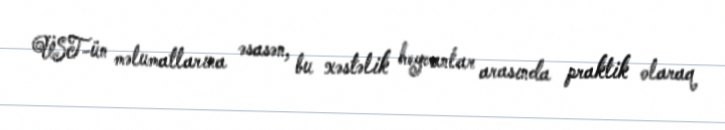
ÜST-ün məlumatlarına əsasən, bu xəstəlik heyvanlar arasında praktik olaraq